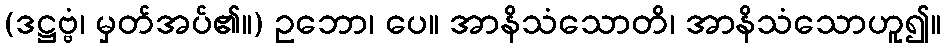
(ဒဋ္ဌဗ္ဗံ၊ မှတ်အပ်၏။) ဥဘော၊ ပေ။ အာနိသံသောတိ၊ အာနိသံသောဟူ၍။